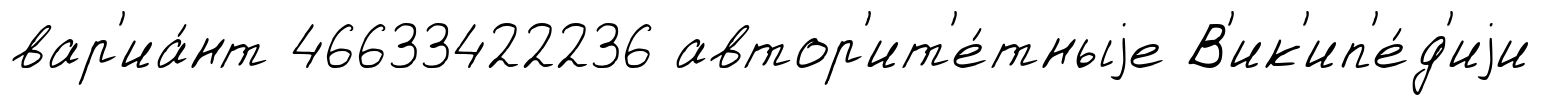
вар'иа́нт 46633422236 автор'ит'е́тныjе В'ик'ип'е́д'иjи